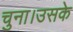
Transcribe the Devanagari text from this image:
चुना।उसके